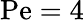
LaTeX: \mathrm{Pe}=4